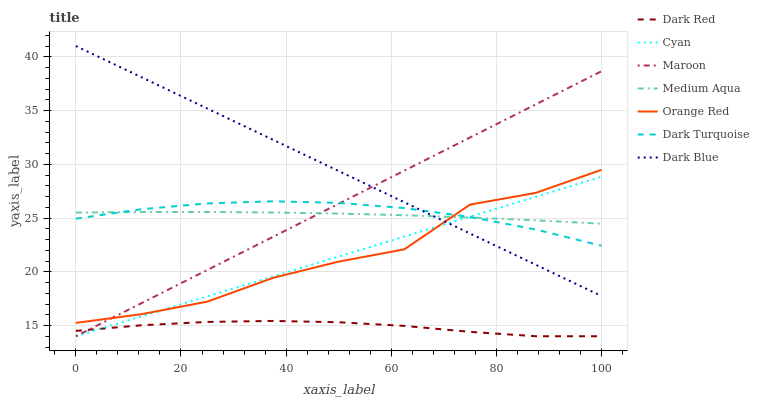
| xaxis_label | Dark Red | Cyan | Maroon | Medium Aqua | Orange Red | Dark Turquoise | Dark Blue |
 | --- | --- | --- | --- | --- | --- | --- | --- |
 | 0 | 14.5 | 14 | 14 | 25.5 | 15.2 | 24.9 | 41 |
 | 12.5 | 15 | 15.9 | 17.1 | 25.6 | 16.1 | 25.8 | 38.1 |
 | 25 | 15.3 | 17.7 | 20.2 | 25.6 | 17.2 | 26.4 | 35.2 |
 | 37.5 | 15.4 | 19.6 | 23.2 | 25.5 | 19.4 | 26.6 | 32.3 |
 | 50 | 15.3 | 21.4 | 26.3 | 25.4 | 20.9 | 26.4 | 29.4 |
 | 62.5 | 15 | 23.3 | 29.4 | 25.3 | 22.1 | 25.9 | 26.5 |
 | 75 | 14.4 | 25.1 | 32.5 | 25 | 26.2 | 25.1 | 23.6 |
 | 87.5 | 14 | 27 | 35.6 | 24.8 | 27.3 | 23.9 | 20.7 |
 | 100 | 14 | 28.8 | 38.7 | 24.5 | 29.5 | 22.4 | 17.7 |